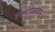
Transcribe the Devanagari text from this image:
वरूणालयम्॥